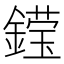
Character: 𮢽